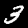
Digit: 3